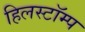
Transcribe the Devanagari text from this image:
हिलस्टॉम्प